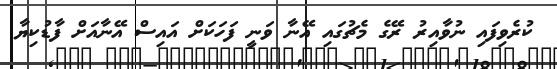
ކުރެވިފައި ނުވާއިރު ރޭގެ މެޗުގައި އޭނާ ވަނީ ފަހަކަށް އައިސް އޭނާއަށް ފާޑުކިޔާ